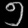
Digit: ၅